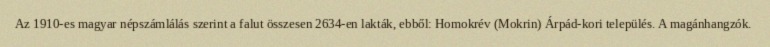
Az 1910-es magyar népszámlálás szerint a falut összesen 2634-en lakták, ebből: Homokrév (Mokrin) Árpád-kori település. A magánhangzók.